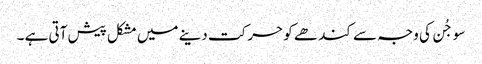
سو جُن کی وجہ سے کند ھے کو حر کت دینے میں مشکل پیش آتی ہے ۔